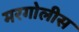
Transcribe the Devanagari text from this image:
मरगोलीस